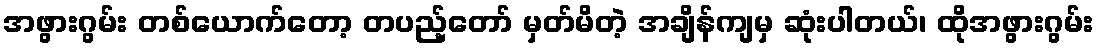
အဖွားဂွမ်း တစ်ယောက်တော့ တပည့်တော် မှတ်မိတဲ့ အချိန်ကျမှ ဆုံးပါတယ်၊ ထိုအဖွားဂွမ်း